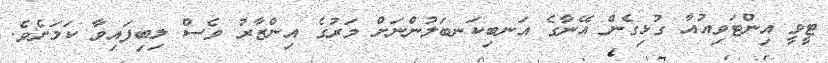
ޓީވީ އިންޓަވިއުއާ ގުޅިގެން އޭނާގެ އަނބިކަނބަލުންނަށް މަރުގެ އިންޒާރު ވެސް ލިބިފައިވާ ކަމަށެވެ.